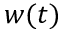
w ( t )